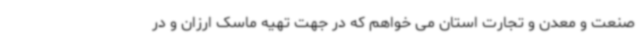
صنعت و معدن و تجارت استان می خواهم که در جهت تهیه ماسک ارزان و در